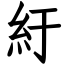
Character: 紆